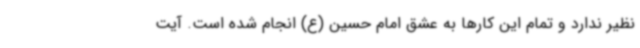
نظیر ندارد و تمام این کارها به عشق امام حسین (ع) انجام شده است. آیت